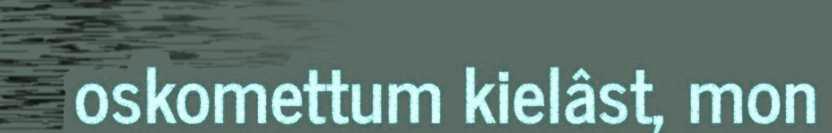
oskomettum kielâst, mon